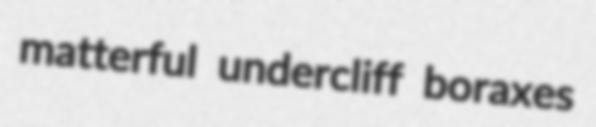
matterful undercliff boraxes